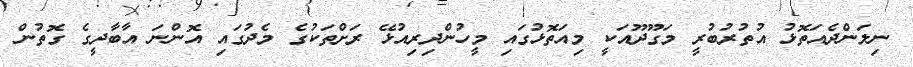
ނިލަންދެއަތޮޅު އުތުރުބުރީ މަގޫދޫއަކީ މިއަތޮޅުގައި މީހުންދިރިއުޅޭ ރަށްތަކުގެ މެދުގައި އޮންނަ އާބާދީގެ ގޮތުން